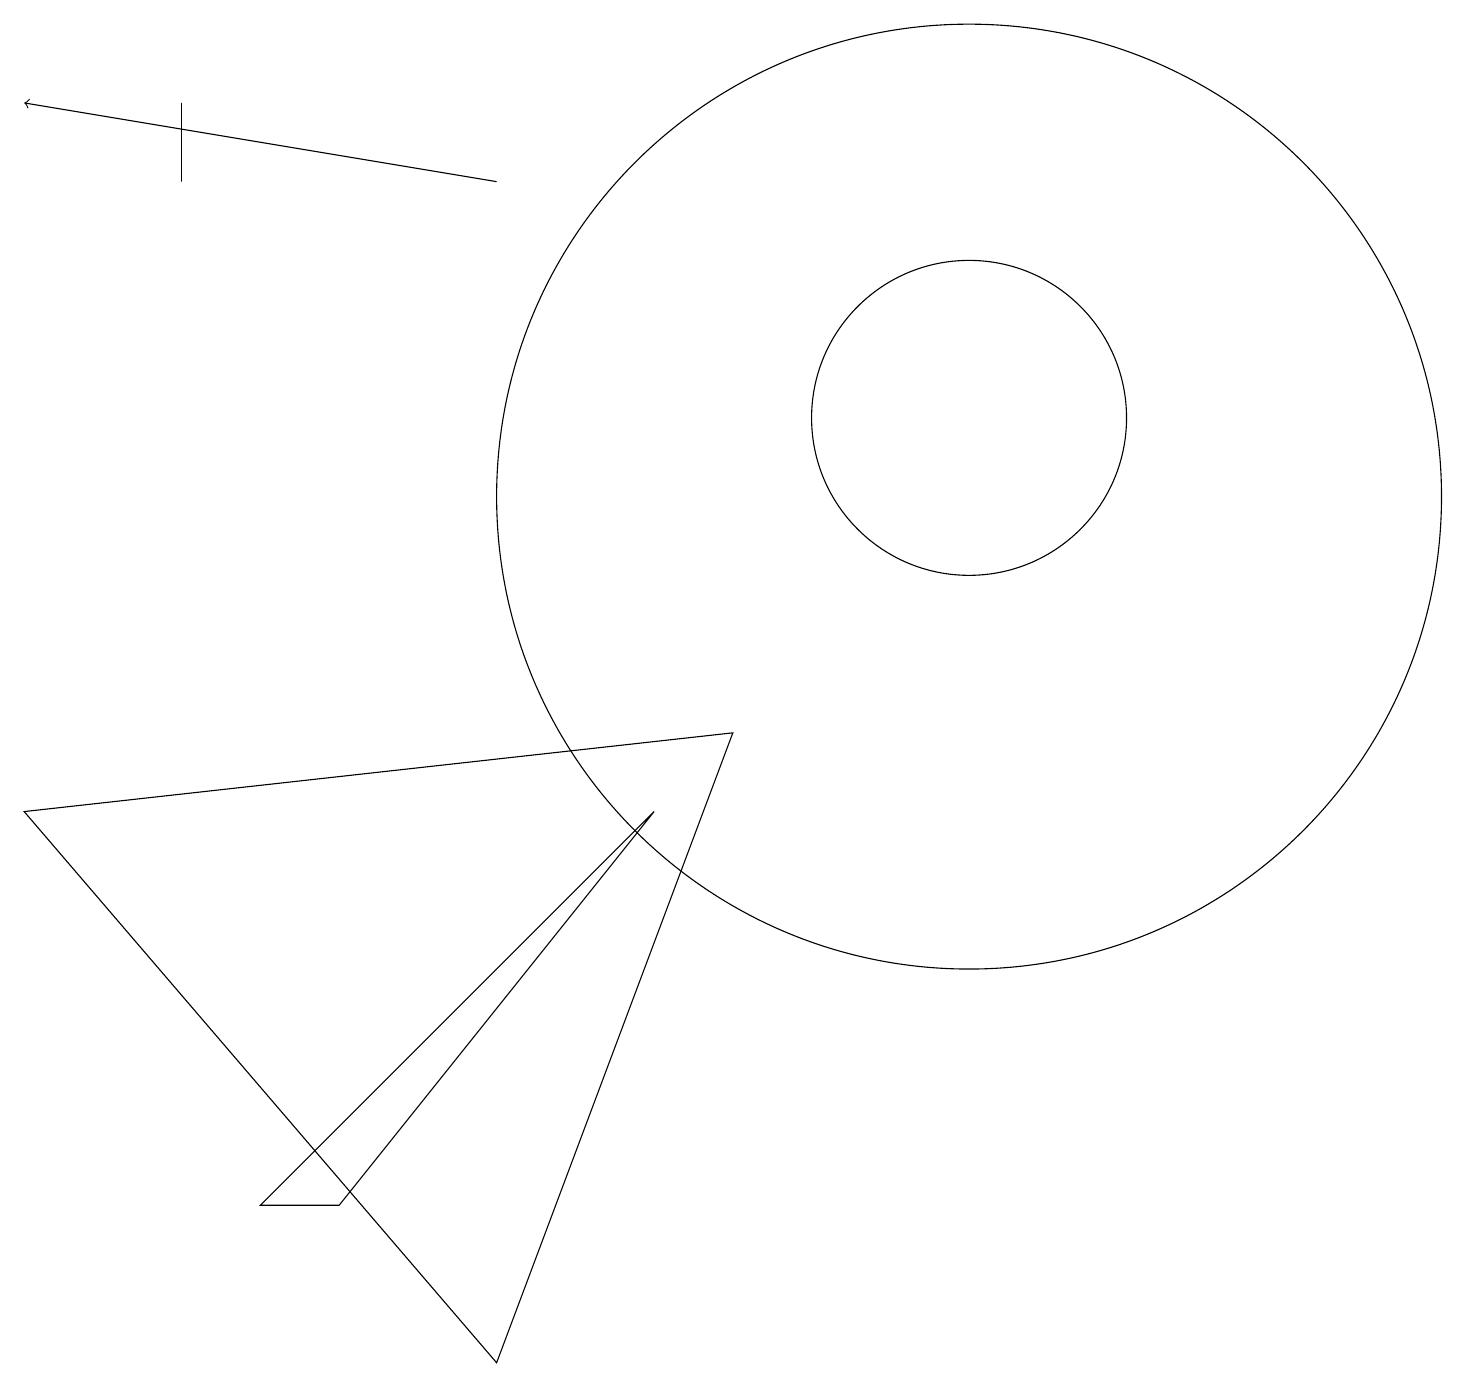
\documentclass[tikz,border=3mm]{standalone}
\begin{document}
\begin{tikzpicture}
\draw (12,11) circle (6);
\draw (0,7) -- (6,0) -- (9,8) -- cycle;
\draw (2,16) rectangle (2,15);
\draw[->] (6,15) -- (0,16);
\draw (3,2) -- (4,2) -- (8,7) -- cycle;
\draw (12,12) circle (2);
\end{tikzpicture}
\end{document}